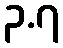
၃.၇